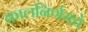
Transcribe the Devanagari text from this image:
कालनिर्णयचे